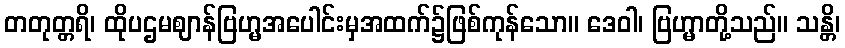
တတုတ္တရိ၊ ထိုပဌမဈာန်ဗြဟ္မအပေါင်းမှအထက်၌ဖြစ်ကုန်သော။ ဒေဝါ၊ ဗြဟ္မာတို့သည်။ သန္တိ၊